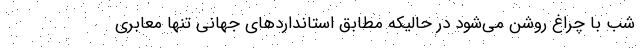
شب با چراغ روشن می‌شود در حالیکه مطابق استانداردهای جهانی تنها معابری